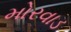
મોરવાડ